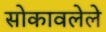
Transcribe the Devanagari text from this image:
सोकावलेले